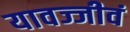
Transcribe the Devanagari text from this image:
यावज्जीवं